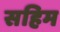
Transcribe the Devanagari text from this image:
सहिम